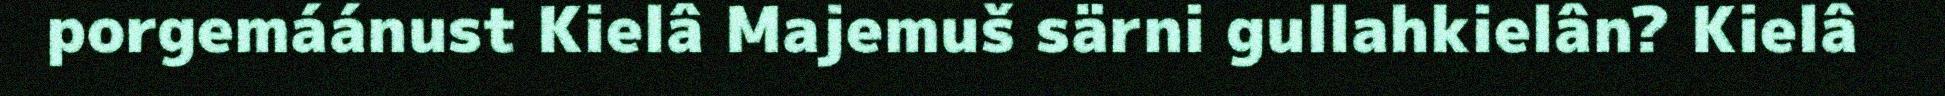
porgemáánust Kielâ Majemuš särni gullahkielân? Kielâ